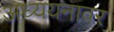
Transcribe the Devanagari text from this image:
अध्ययनावर